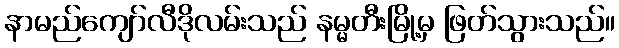
နာမည်ကျော်လီဒိုလမ်းသည် နမ္မတီးမြို့မှ ဖြတ်သွားသည်။